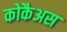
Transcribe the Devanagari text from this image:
कोकैअस